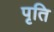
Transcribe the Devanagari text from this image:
पृति